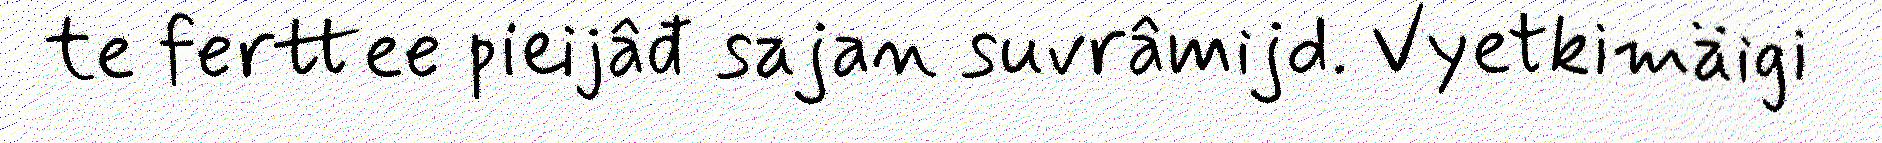
te ferttee pieijâđ sajan suvrâmijd. Vyetkimäigi